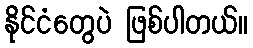
နိုင်ငံတွေပဲ ဖြစ်ပါတယ်။